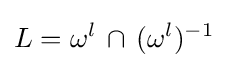
L=\omega ^{l}\,\cap \,(\omega ^{l})^{-1}